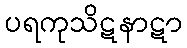
ပရကုသိဋနာဋာ